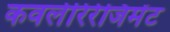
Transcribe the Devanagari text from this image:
कवलेरिरेजिमेंट